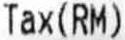
TAX(RM)